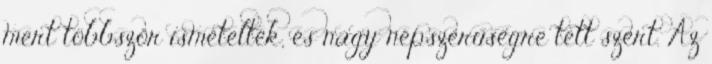
mert többször ismételték, és nagy népszerűségre tett szert. Az